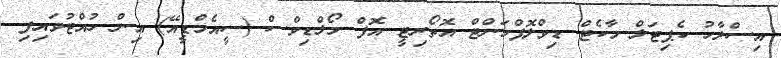
އިސްލާހު ކެޕިޓަލް މާކެޓް ޑިވްލޮޕްމަންޓް އޮތޯރިޓީ އޮފް މޯލްޑިވްސް (ސީއެމްޑީއޭ) އިން ހުއްޓުވައިފި